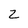
Character: z